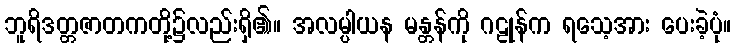
ဘူရိဒတ္တဇာတကတို့၌လည်းရှိ၏။ အလမ္ပါယန မန္တန်ကို ဂဠုန်က ရသေ့အား ပေးခဲ့ပုံ။